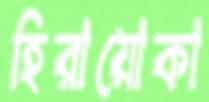
হিরায়োকা